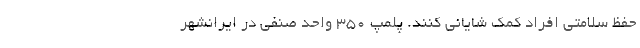
حفظ سلامتی افراد کمک شایانی کنند. پلمپ 350 واحد صنفی در ایرانشهر